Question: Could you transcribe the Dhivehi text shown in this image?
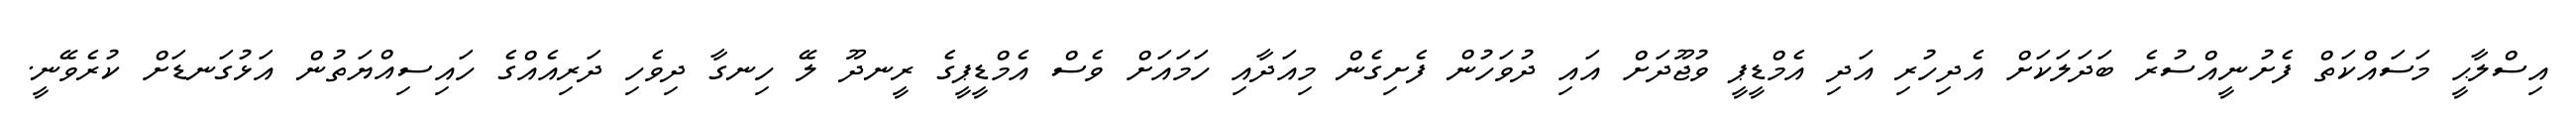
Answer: އިސްލާޙީ މަސައްކަތް ފެށުނީއްސުރެ ބަދަލަކަށް އެދިހުރި އަދި އެމްޑީޕީ ވުޖޫދަށް އައި ދުވަހުން ފެށިގެން މިއަދާއި ހަމައަށް ވެސް އެމްޑީޕީގެ ރީނދޫ ލޭ ހިނގާ ދިވެހި ދަރިއެއްގެ ހައިސިއްޔަތުން އަޅުގަނޑަށް ކުރެވޭނީ.